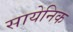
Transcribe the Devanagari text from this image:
सायेनिक